Indian journal of veterinary science and animal husbandry - Volume 8,
Year: 1938
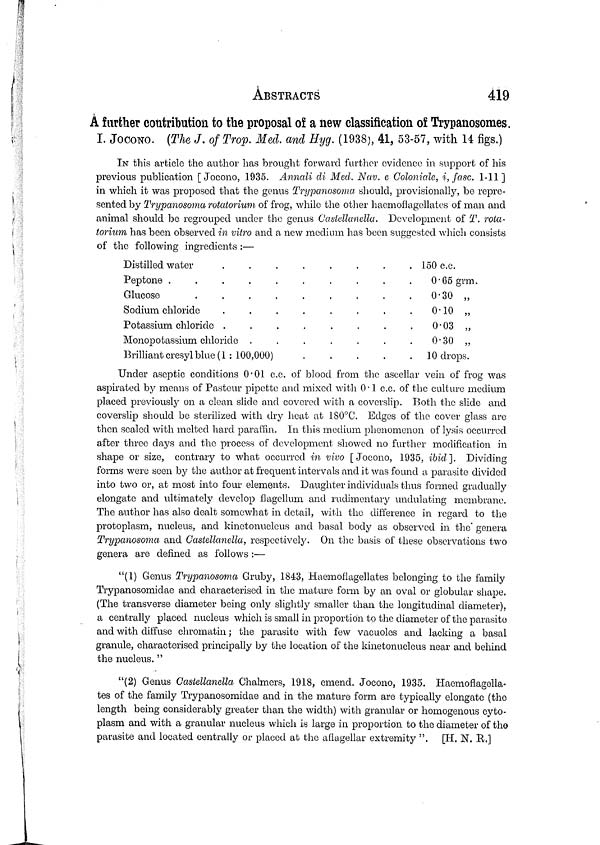
ABSTRACTS
419
A further contribution to the proposal of a new classification of Trypanosomes.
I. JOCONO. (The J. of Trop. Med. and Hyg. (1938), 41, 53-57, with 14 figs.)
IN this article the author has brought forward further evidence in support of his
previous publication [Jocono, 1935. Annali di Med. Nav. e Coloniale, i, fasc. 1-11 ]
in which it was proposed that the genus Trypanosoma should, provisionally, be repre-
sented by Trypanosoma rotatorium of frog, while the other haemoflagellates of man and
animal should be regrouped under the genus Castellanella. Development of T. rota-
torium has been observed in vitro and a new medium has been suggested which consists
of the following ingredients:—
Distilled water
.
.
.
Peptone
.......
Glucose
......
Sodium chloride
.....
Potassium chloride
.....
Monopotassium chloride
....
Brilliant cresyl blue (1: 100,000)
. 150 c.c.
0.65 grm.
0.30 „
.
0.10 „
0.03 „
0.30 „
10 drops.
Under aseptic conditions 0.01 c.c. of blood from the ascellar vein of frog was
aspirated by means of Pasteur pipette and mixed with 0.1 c.c. of the culture medium
placed previously on a clean slide and covered with a coverslip. Both the slide and
coverslip should be sterilized with dry heat at 180°C. Edges of the cover glass are
then sealed with melted hard paraffin. In this medium phenomenon of lysis occurred
after three days and the process of development showed no further modification in
shape or size, contrary to what occurred in vivo [Jocono, 1935, ibid]. Dividing
forms were seen by the author at frequent intervals and it was found a parasite divided
into two or, at most into four elements. Daughter individuals thus formed gradually
elongate and ultimately develop flagellum and rudimentary undulating membrane.
The author has also dealt somewhat in detail, with the difference in regard to the
protoplasm, nucleus, and kinetonucleus and basal body as observed in the genera
Trypanosoma and Castellanella, respectively. On the basis of these observations two
genera are defined as follows :—
"(1) Genus Trypanosoma Gruby, 1843, Haemoflagellates belonging to the family
Trypanosomidae and characterised in the mature form by an oval or globular shape.
(The transverse diameter being only slightly smaller than the longitudinal diameter),
a centrally placed nucleus which is small in proportion to the diameter of the parasite
and with diffuse chromatin; the parasite with few vacuoles and lacking a basal
granule, characterised principally by the location of the kinetonucleus near and behind
the nucleus. "
"(2) Genus Castellanella Chalmers, 1918, emend. Jocono, 1935. Haemoflagella-
tes of the family Trypanosomidae and in the mature form are typically elongate (the
length being considerably greater than the width) with granular or homogenous cyto-
plasm and with a granular nucleus which is large in proportion to the diameter of the
parasite and located centrally or placed at the aflagellar extremity ". [H. N. R.]